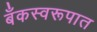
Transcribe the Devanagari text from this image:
बँकस्वरूपात